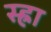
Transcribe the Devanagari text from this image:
स्ह्रा